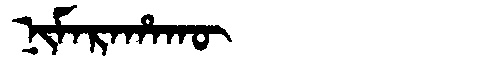
Manchu: ᠨᡳᠮᠠᡵᠠᡥᠠᡴᡡ
Romanization: NIMARAHAKŪ